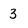
Character: 3